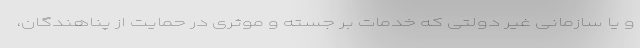
و یا سازمانی غیر دولتی که خدمات بر جسته و موثری در حمایت از پناهندگان،